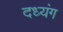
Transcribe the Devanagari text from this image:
दध्यंग